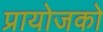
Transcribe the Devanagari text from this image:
प्रायोजको